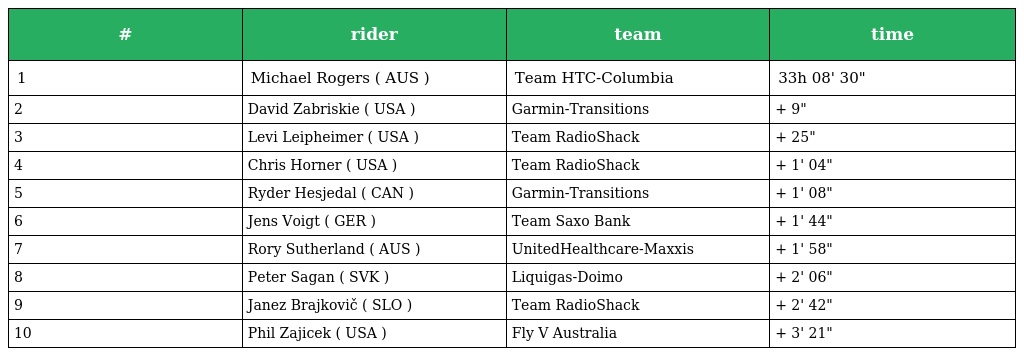
| # | rider | team | time |
 | --- | --- | --- | --- |
 | 1 | Michael Rogers ( AUS ) | Team HTC-Columbia | 33h 08' 30" |
 | 2 | David Zabriskie ( USA ) | Garmin-Transitions | + 9" |
 | 3 | Levi Leipheimer ( USA ) | Team RadioShack | + 25" |
 | 4 | Chris Horner ( USA ) | Team RadioShack | + 1' 04" |
 | 5 | Ryder Hesjedal ( CAN ) | Garmin-Transitions | + 1' 08" |
 | 6 | Jens Voigt ( GER ) | Team Saxo Bank | + 1' 44" |
 | 7 | Rory Sutherland ( AUS ) | UnitedHealthcare-Maxxis | + 1' 58" |
 | 8 | Peter Sagan ( SVK ) | Liquigas-Doimo | + 2' 06" |
 | 9 | Janez Brajkovič ( SLO ) | Team RadioShack | + 2' 42" |
 | 10 | Phil Zajicek ( USA ) | Fly V Australia | + 3' 21" |